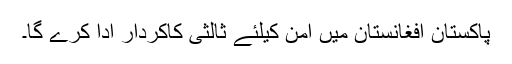
پاکستان افغانستان میں امن کیلئے ثالثی کاکردار ادا کرے گا۔